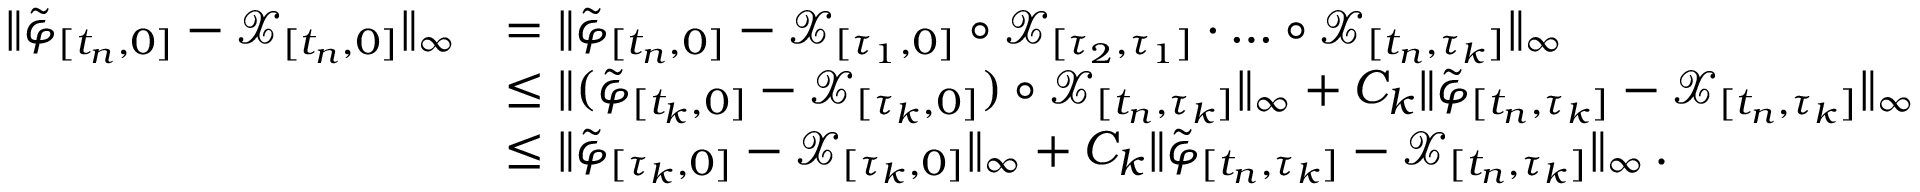
\begin{array} { r l } { \lVert \tilde { \varphi } _ { [ t _ { n } , 0 ] } - \mathcal { X } _ { [ t _ { n } , 0 ] } \rVert _ { \infty } } & { = \lVert \tilde { \varphi } _ { [ t _ { n } , 0 ] } - \mathcal { X } _ { [ \tau _ { 1 } , 0 ] } \circ \mathcal { X } _ { [ \tau _ { 2 } , \tau _ { 1 } ] } \cdot \dots \circ \mathcal { X } _ { [ t _ { n } , \tau _ { k } ] } \rVert _ { \infty } } \\ & { \leq \lVert ( \tilde { \varphi } _ { [ t _ { k } , 0 ] } - \mathcal { X } _ { [ \tau _ { k } , 0 ] } ) \circ \mathcal { X } _ { [ t _ { n } , \tau _ { k } ] } \rVert _ { \infty } + C _ { k } \lVert \tilde { \varphi } _ { [ t _ { n } , \tau _ { k } ] } - \mathcal { X } _ { [ t _ { n } , \tau _ { k } ] } \rVert _ { \infty } } \\ & { \leq \lVert \tilde { \varphi } _ { [ \tau _ { k } , 0 ] } - \mathcal { X } _ { [ \tau _ { k } , 0 ] } \rVert _ { \infty } + C _ { k } \lVert \tilde { \varphi } _ { [ t _ { n } , \tau _ { k } ] } - \mathcal { X } _ { [ t _ { n } , \tau _ { k } ] } \rVert _ { \infty } \, . } \end{array}